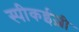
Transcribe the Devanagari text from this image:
स्पीकईज़ी